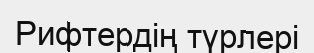
Рифтердің түрлері